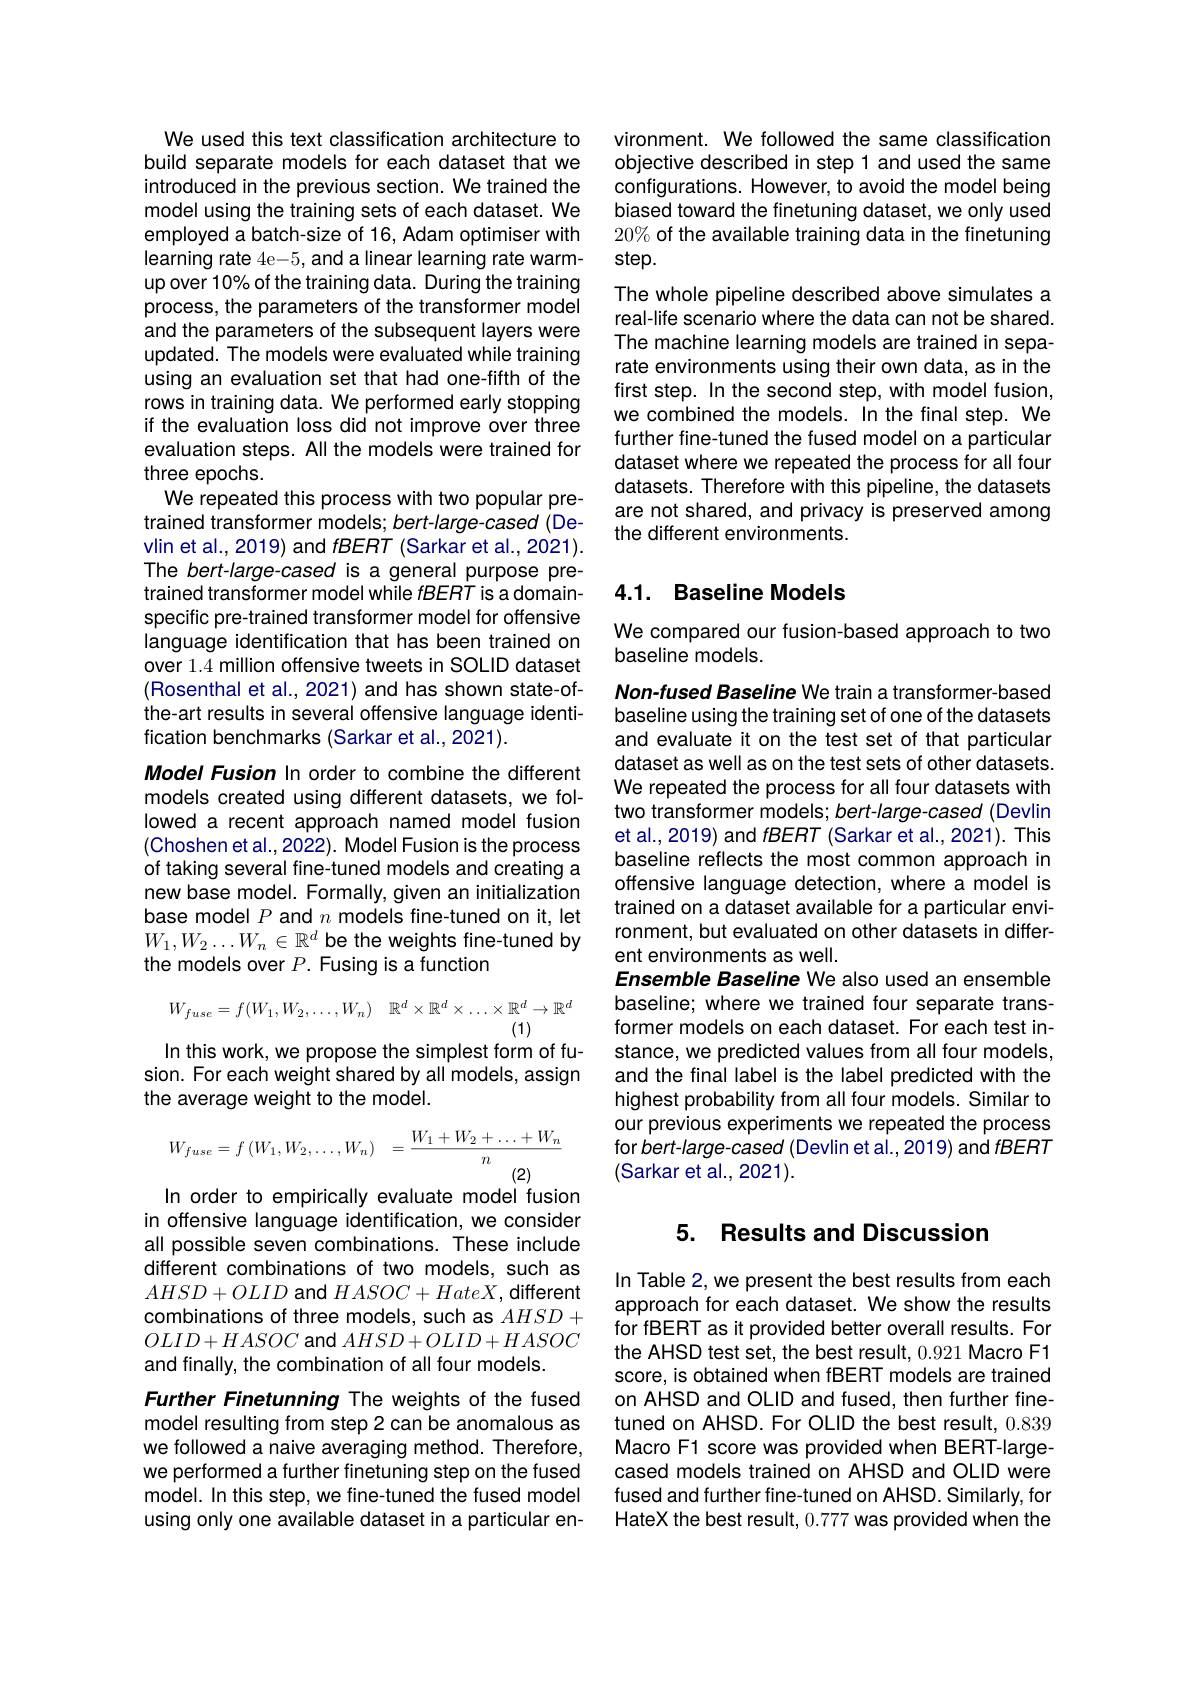
We used this text classification architecture to build separate models for each dataset that we introduced in the previous section. We trained the model using the training sets of each dataset. We employed a batch-size of 16, Adam optimiser with learning rate 4e-5, and a linear learning rate warmup over 10% of the training data. During the training process, the parameters of the transformer model and the parameters of the subsequent layers were updated. The models were evaluated while training using an evaluation set that had one-fifth of the rows in training data. We performed early stopping if the evaluation loss did not improve over three evaluation steps. All the models were trained for three epochs.
We repeated this process with two popular pretrained transformer models; bert-large-cased (Devlin et al., 2019) and fBERT (Sarkar et al., 2021). The bert-large-cased is a general purpose pretrained transformer model while fBERT is a domainspecific pre-trained transformer model for offensive language identification that has been trained on over 1.4 million offensive tweets in SOLID dataset (Rosenthal et al., 2021) and has shown state-ofthe-art results in several offensive language identification benchmarks (Sarkar et al., 2021).
Model Fusion In order to combine the different models created using different datasets, we followed a recent approach named model fusion (Choshen et al., 2022). Model Fusion is the process of taking several fine-tuned models and creating a new base model. Formally, given an initialization base model $P$ and $n$ models fine-tuned on it, let $W_{1},W_{2}\ldots W_{n}\in\mathbb{R}^{d}$ be the weights fine-tuned by the models over $P.$ Fusing is a function
$$W_{fuse}=f(W_1,W_2,\ldots,W_n)\quad\mathbb{R}^d\times\mathbb{R}^d\times\ldots\times\mathbb{R}^d\to\mathbb{R}^d\\(1)$$
In this work, we propose the simplest form of fusion. For each weight shared by all models, assign the average weight to the model.
$$W_{fuse}=f\left(W_1,W_2,\ldots,W_n\right)\quad=\frac{W_1+W_2+\ldots+W_n}{n}$$
In order to empirically evaluate model fusion in offensive language identification, we consider all possible seven combinations. These include different combinations of two models, such as $AHSD+OLID$ and $HASOC+HateX$, different combinations of three models, such as $AHSD+$ $OLID+HASOC$ and $AHSD+OLID+HASOC$ and finally, the combination of all four models.

Further Finetunning The weights of the fused model resulting from step 2 can be anomalous as we followed a naive averaging method. Therefore, we performed a further finetuning step on the fused model. In this step, we fine-tuned the fused model using only one available dataset in a particular en-

vironment. We followed the same classification objective described in step 1 and used the same configurations. However, to avoid the model being biased toward the finetuning dataset, we only used 20% of the available training data in the finetuning step.

The whole pipeline described above simulates a real-life scenario where the data can not be shared. The machine learning models are trained in separate environments using their own data, as in the first step. In the second step, with model fusion, we combined the models. In the final step. We further fine-tuned the fused model on a particular dataset where we repeated the process for all four datasets. Therefore with this pipeline, the datasets are not shared, and privacy is preserved among the different environments.

## 4.1. Baseline Models

We compared our fusion-based approach to two
baseline models.

Non-fused Baseline We train a transformer-based baseline using the training set of one of the datasets and evaluate it on the test set of that particular dataset as well as on the test sets of other datasets. We repeated the process for all four datasets with two transformer models; bert-large-cased (Devlin et al., 2019) and $fBERT($Sarkar et al., 2021). This baseline reflects the most common approach in offensive language detection, where a model is trained on a dataset available for a particular environment, but evaluated on other datasets in different environments as well.
Ensemble Baseline We also used an ensemble baseline; where we trained four separate transformer models on each dataset. For each test instance, we predicted values from all four models, and the final label is the label predicted with the highest probability from all four models. Similar to our previous experiments we repeated the process for bert-large-cased (Devlin et al.,2019) and fBERT (Sarkar et al., 2021).

## 5. Results and Discussion

In Table 2, we present the best results from each approach for each dataset. We show the results for fBERT as it provided better overall results. For the AHSD test set, the best result, 0.921 Macro F1 score, is obtained when fBERT models are trained on AHSD and OLID and fused, then further finetuned on AHSD. For OLID the best result, 0.839 Macro F1 score was provided when BERT-largecased models trained on AHSD and OLID were fused and further fine-tuned on AHSD. Similarly, for HateX the best result, 0.777 was provided when the